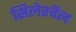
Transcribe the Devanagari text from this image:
सिलेश्चैल